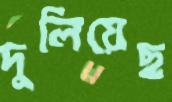
দুলিয়েছ